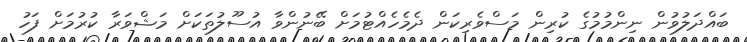
ބައްދަލުވުން ނިންމުމުގެ ކުރިން މަސްވެރިކަން ދެމެެހެއްޓުމަށް ބޭނުންވާ އުސޫލުތަކަށް މަޝްވަރާ ކުރުމަށް ފަހު